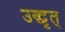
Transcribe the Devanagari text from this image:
उद्धृत्